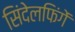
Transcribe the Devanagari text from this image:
सिंदेलफिंगें